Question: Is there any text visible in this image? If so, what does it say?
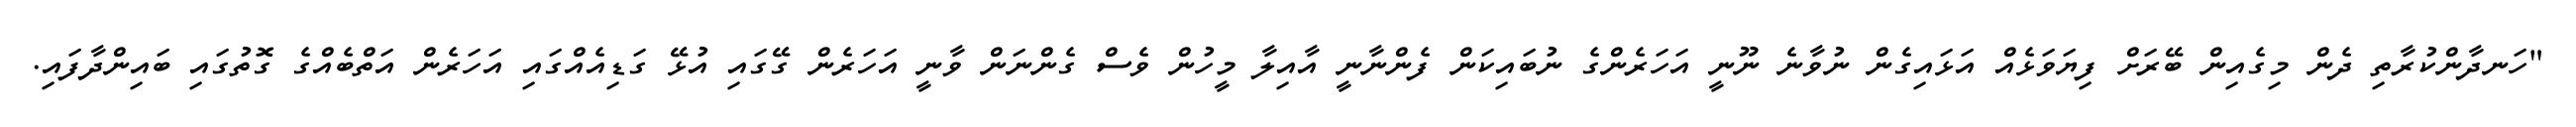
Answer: "ހަނދާންކުރާތި ދެން މިގެއިން ބޭރަށް ފިޔަވަޅެއް އަޅައިގެން ނުވާނެ ނޫނީ އަހަރެންގެ ނުބައިކަން ފެންނާނީ އާއިލާ މީހުން ވެސް ގެންނަން ވާނީ އަހަރެން ގޭގައި އުޅޭ ގަޑިއެއްގައި އަހަރެން އަތްބެއްގެ ގޮތުގައި ބައިންދާފައި.